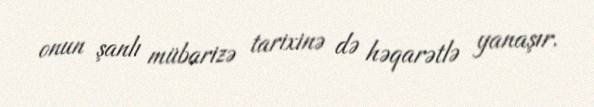
onun şanlı mübarizə tarixinə də həqarətlə yanaşır.